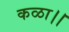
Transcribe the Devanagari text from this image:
कळा।।